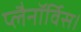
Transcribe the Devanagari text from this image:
प्लैनॉर्विस।